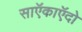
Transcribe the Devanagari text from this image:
साऍकाऍदो